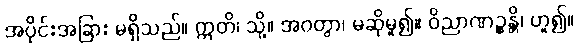
အပိုင်းအခြား မရှိသည်။ ဣတိ၊ သို့။ အဝတွာ၊ မဆိုမူ၍။ ဝိညာဏဉ္စန္တိ၊ ဟူ၍။